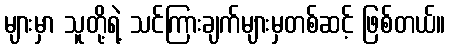
များမှာ သူတို့ရဲ့ သင်ကြားချက်များမှတစ်ဆင့် ဖြစ်တယ်။